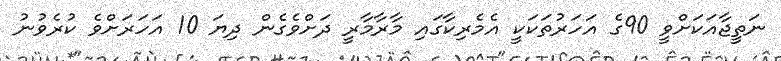
ނަތީޖާއަކަށްވީ 90ގެ އަހަރުތަކަކީ އެމެރިކާގައި މާރާމާރީ ދަށްވެގެން ދިޔަ 10 އަހަރަށްވެ ކުރެވުނު